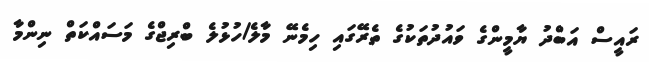
ރައީސް އަބްދު ޔާމީންގެ ވައުދުތަކުގެ ތެރޭގައި ހިމެނޭ މާލެ/ހުޅުލެ ބްރިޖްގެ މަސައްކަތް ނިންމާ